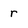
Character: r